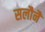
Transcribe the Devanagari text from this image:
सलौनैं